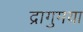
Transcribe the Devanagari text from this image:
द्रागुमया